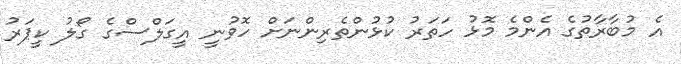
އެ މުބާރާތުގެ އެންމެ މޮޅު ހަތަރު ކުޅުންތެރިންނަށް ހޮވުނީ އީގަލްސްގެ ގޯލު ކީޕަރު